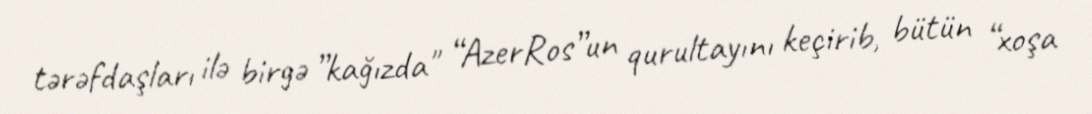
tərəfdaşları ilə birgə ”kağızda" “AzerRos”un qurultayını keçirib, bütün “xoşa